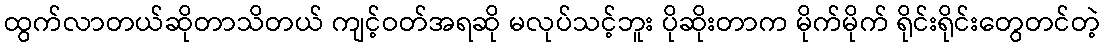
ထွက်လာတယ်ဆိုတာသိတယ် ကျင့်ဝတ်အရဆို မလုပ်သင့်ဘူး ပိုဆိုးတာက မိုက်မိုက် ရိုင်းရိုင်းတွေတင်တဲ့